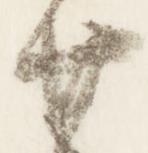
廿